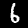
Label: 6